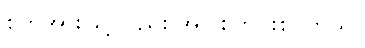
စိတ်အားဖြင့်လည်း အပြစ်ကင်းစင်တယ်။